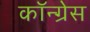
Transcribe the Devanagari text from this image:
कॉन्‍ग्रेस